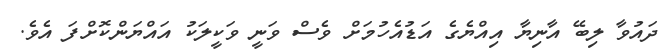
ދައުވާ ލިބޭ އާނިޔާ އިއްޔެގެ އަޑުއެހުމަށް ވެސް ވަނީ ވަކީލަކު އައްޔަންކޮށްފަ އެވެ.